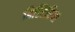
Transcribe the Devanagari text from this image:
हिस्टिरिया